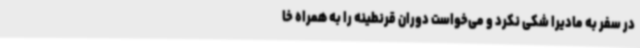
در سفر به مادیرا شکی نکرد و می‌خواست دوران قرنطینه را به همراه خا